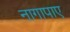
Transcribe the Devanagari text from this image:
नागापाए